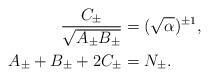
\begin{align*}\frac{C_{\pm}}{\sqrt{A_{\pm}B_{\pm}}}&=(\sqrt{\alpha})^{\pm1},\\A_{\pm}+B_{\pm}+2C_{\pm}&=N_\pm.\end{align*}